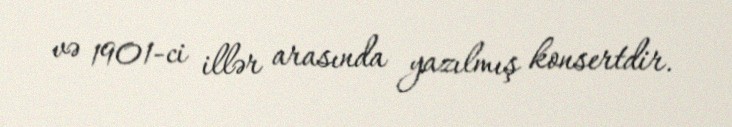
və 1901-ci illər arasında yazılmış konsertdir.